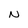
Character: N